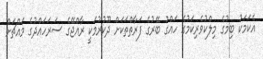
އެކަމަކު ބިމުގެ މިލްކުވެރިކަމުގެ ހައްގު ބޭރުގެ ފަރާތްތަކަށް ދޫކުރުމަކީ ރާއްޖޭގެ ސަރަހައްދުގެ މައްޗަށް